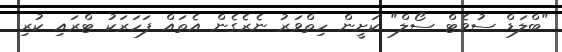
"ބްލަޑް ސުވެޓް ސޯލް" ކަށީން ހިތްވަރު ނެރެގެން އެތައް ފަހަރަކު ޓްރައި ކުރި